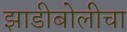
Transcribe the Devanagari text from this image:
झाडीबोलीचा